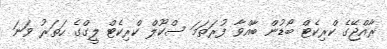
ރާއްޖޭގެ ކްރިކެޓް ބޯޑުން ބާއްވާ ފުރަތަމަ ސްކޫލް ކްރިކެޓް ލީގްގެ ހަތަރު ވަނަ